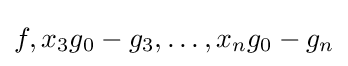
f,x_{3}g_{0}-g_{3},\ldots ,x_{n}g_{0}-g_{n}